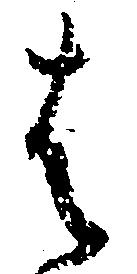
は